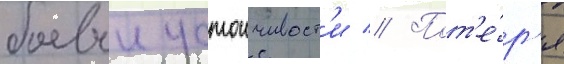
боевои устоичивост'и // Пот'е́р'я